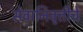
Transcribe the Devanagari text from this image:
सेवानिवृत्तीचे